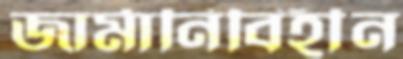
জার্মানিবিহীন